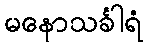
မနောသင်္ခါရံ